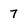
Character: 7